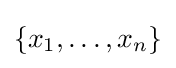
\{x_{1},\ldots ,x_{n}\}